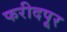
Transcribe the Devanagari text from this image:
फरीदपूर